Vaccination North-Western Provinces and Oudh 1896-1901 - 1896-1901
Year: 1896
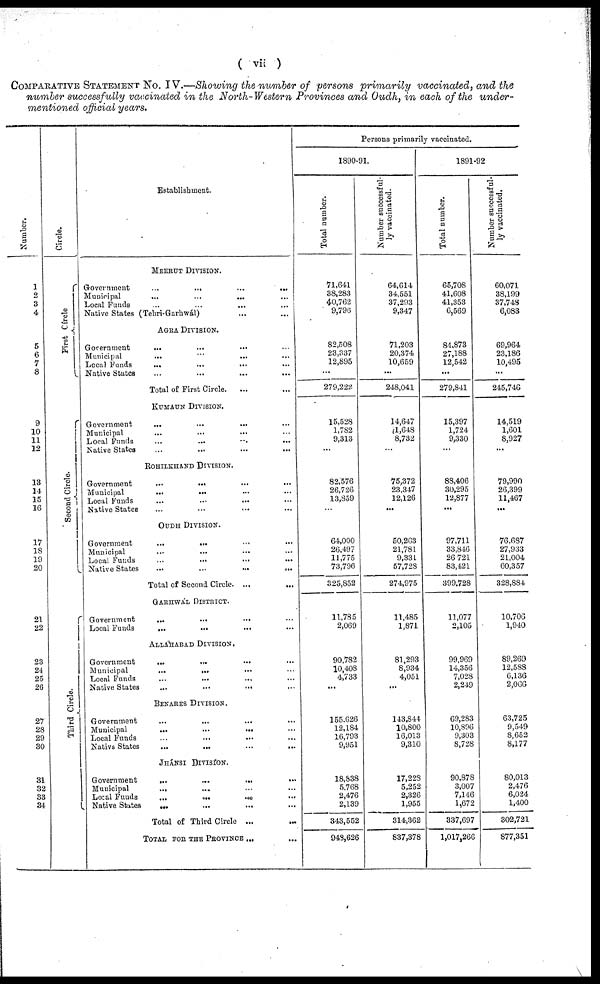
( vii )
COMPARATIVE STATEMENT No. IV.—Showing the number of persons primarily vaccinated, and the
number successfully vaccinated in the North-Western Provinces and Oudh, in each of the under-
mentioned official years.
Number.
1
2
3
4
5
6
7
8
9
10
11
12
13
14
15
16
17
18
19
20
21
22
23
24
25
26
27
28
29
30
31
32
33
31
Circle.
First Circle
Second Circle.
Third Circle.
Establishment.
MEERUT DIVISION.
Government
...
...
...
...
Municipal
... ... ... ...
Local Funds
...
...
...
...
Native States (Tehri-Garhwál) ... ...
AGRA DIVISION.
Government
...
...
...
...
Municipal
...
... ...
Local Funds
... ... ... ...
Native States ... ... ... ...
Total of First Circle. ... ...
KUMAUN DIVISION.
Government
...
...
...
...
Municipal
...
. ..
...
...
Local Funds ... ... ... ...
Native States ... ... ... ...
ROHILKHAND DIVISION.
Government
...
...
...
...
Municipal
...
...
...
...
Local Funds ... ... ... ...
Native States ... ... ... ...
OUDH DIVISION.
Government
...
...
...
...
Municipal
...
... ... ...
Local Funds
...
...
...
...
Native States
...
...
...
...
Total of Second Circle. ...
GSRHWÁL DIVISION.
Government
...
...
... ...
Local Funds
...
... ... ...
ALLAHABAD DIVISION.
Government
...
...
...
...
Municipal
...
...
...
Local Funds
...
...
...
...
Native States
...
...
...
BENARES DIVISION.
Government ... ... ... ...
Municipal
...
...
...
...
Local Funds
...
...
...
Nativs States
...
...
...
...
JHÁNSI DIVISION.
Government
...
...
... ...
Municipal
...
... ... ...
Local Funds
...
...
...
...
Native States
...
...
... ...
Total of Third Circle ... ...
TOTAL FOR THE PROVINCE ...
Persons primarily vaccinated.
1890-91.
Total number.
71,641
38,283
40,762
9,796
82,508
23,337
12,895
...
279,222
15,528
1,782
9,313
...
82,576
26,726
13,859
...
64,000
26,497
11,775
73,796
325,852
11,785
2,069
90,782
10,408
4,733
...
155,626
12,184
16,793
9,951
18,838
5,768
2,476
2,139
343,552
948,626
Number successful-
ly vaccinated.
64,614
34,551
37,293
9,347
71,203
20,374
10,659
...
248,041
14,647
1,648
8,732
...
75,372
23,347
12,126
...
50,263
21,781
9,331
57,728
274,975
11,485
1,871
81,293
8,934
4,051
...
143,844
10,800
16,013
9,310
17,228
5,252
2,326
1,955
314,362
837,378
1891-92
Total number.
65,708
41,608
41,353
6,569
84,873
27,188
12,542
...
279,841
15,397
1,724
9,330
...
88,406
30,295
12,877
...
97,711
33,846
26,721
83,421
399,728
11,077
2,105
99,969
14,356
7,028
2,249
69,283
10,896
9,303
8,728
90,878
3,007
7,146
1,672
337,697
1,017,266
Number successful-
ly vaccinated.
60,071
38,199
37,748
6,083
69,964
23,186
10,495
...
245,746
14,519
1,601
8,927
...
79,990
26,399
11,467
...
76,687
27,933
21,004
60,357
328,884
10,706
1,940
89,269
12,588
6,136
2,066
63,725
9,549
8,652
8,177
80,013
2,476
6,024
1,400
302,721
877,351